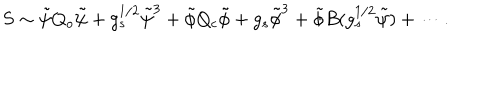
S \sim \tilde { \psi } Q _ { o } \tilde { \psi } + g _ { s } ^ { 1 / 2 } \tilde { \psi } ^ { 3 } + \tilde { \phi } Q _ { c } \tilde { \phi } + g _ { s } \tilde { \phi } ^ { 3 } + \tilde { \phi } B ( g _ { s } ^ { 1 / 2 } \tilde { \psi } ) + \cdots .